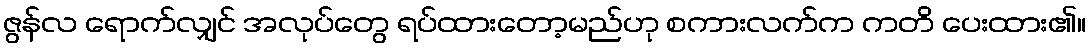
ဇွန်လ ရောက်လျှင် အလုပ်တွေ ရပ်ထားတော့မည်ဟု စကားလက်က ကတိ ပေးထား၏။